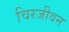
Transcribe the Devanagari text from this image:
चिरजीवन